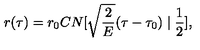
r ( \tau ) = r _ { 0 } C N [ \sqrt { \frac { 2 } { E } } ( \tau - \tau _ { 0 } ) \mid \frac { 1 } { 2 } ] ,